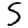
Digit: 5